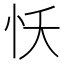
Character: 㤇